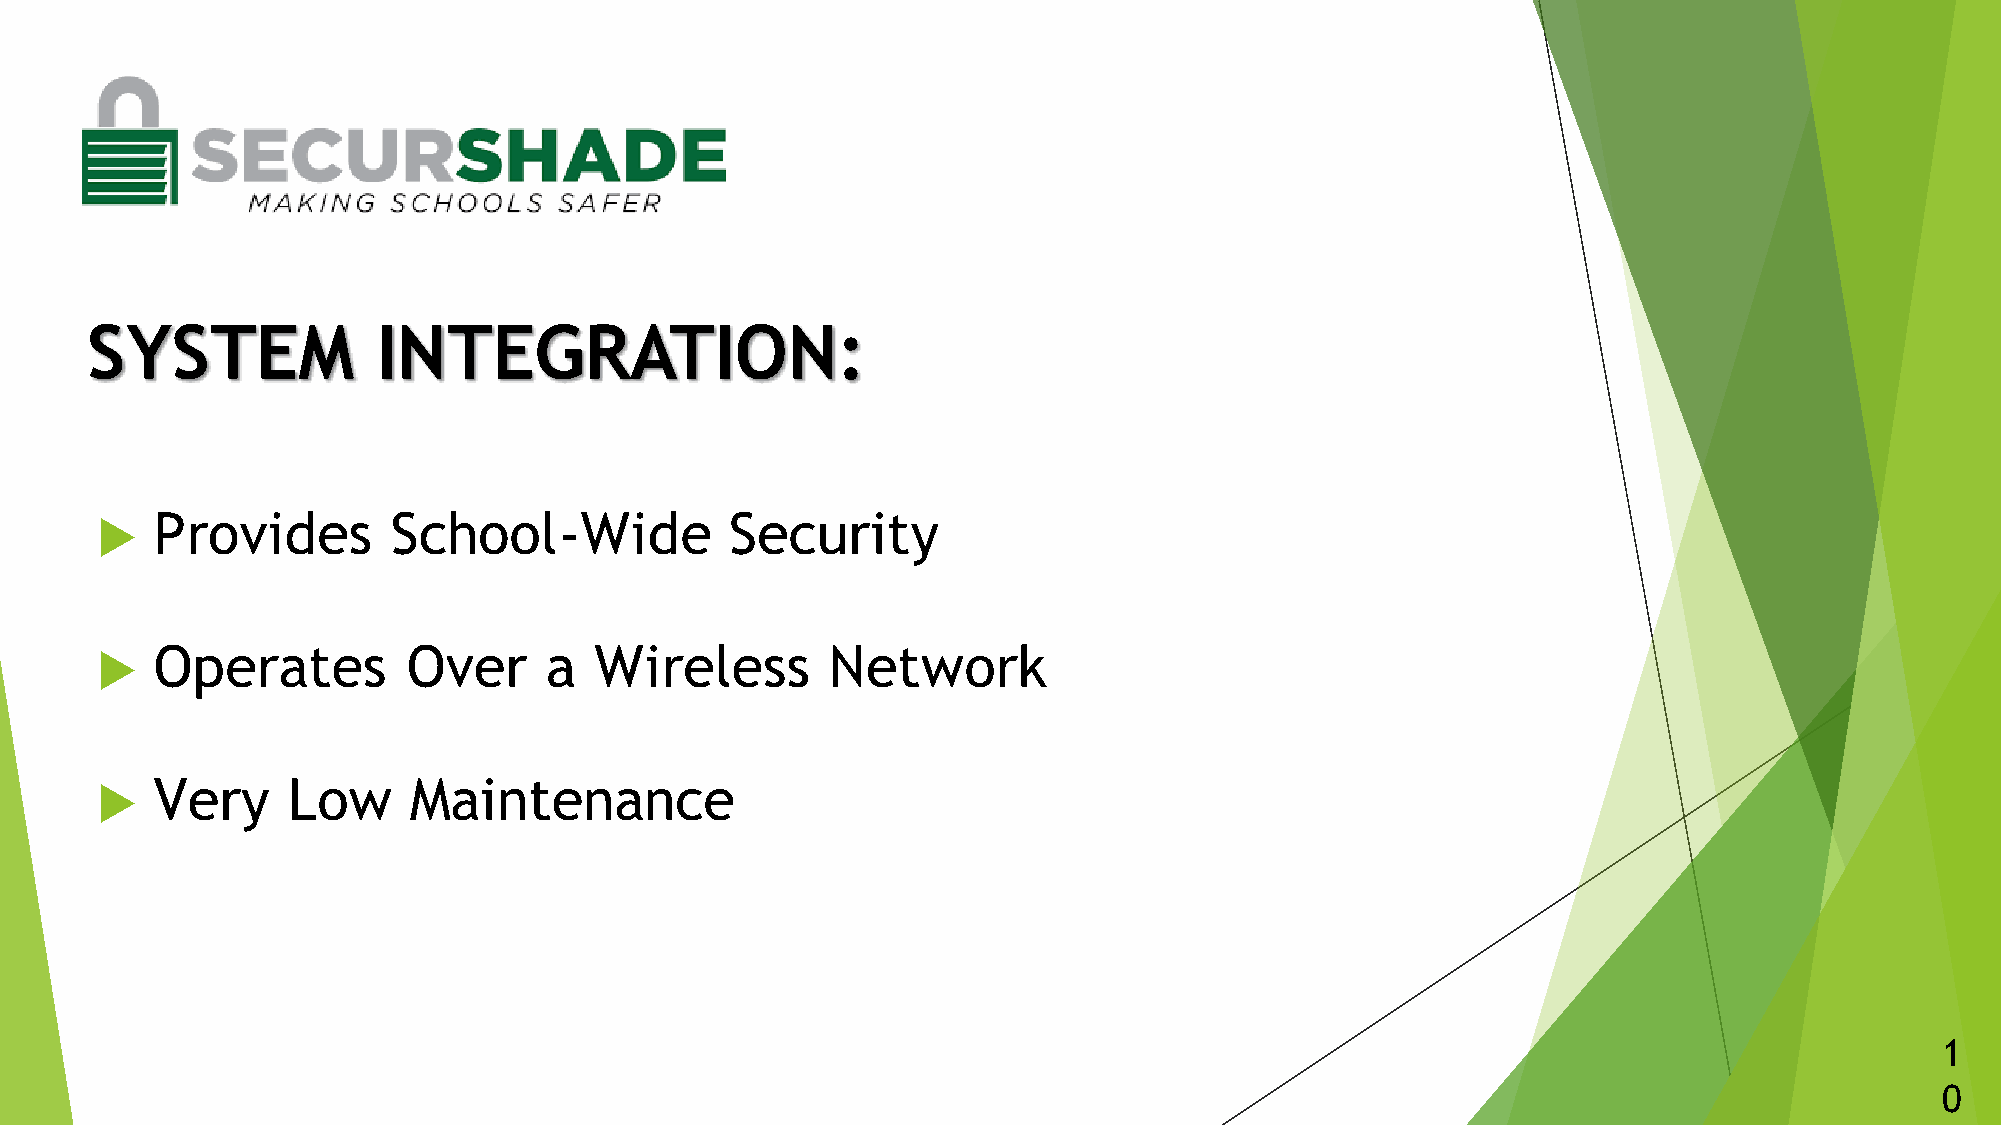
SYSTEM             INTEGRATION:
 Provides        School-Wide           Security
 
 Operates         Over     a  Wireless        Network
 
 Very     Low     Maintenance
 
 1
 0